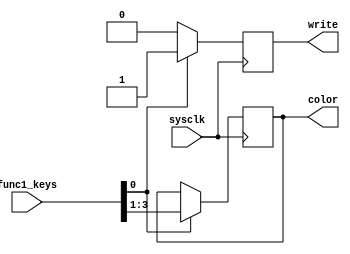
module f1_keyproc(
input wire [3:0] func1_keys,
input wire sysclk,
output reg [2:0] color,
output reg write);

always @(posedge sysclk) begin
	if (func1_keys[0]) begin
		write <= 1'b1;
		// The keys is right in RGB mode, output the data
		color <= func1_keys[3:1];
	end
	else
		write <= 1'b0;
end

endmodule